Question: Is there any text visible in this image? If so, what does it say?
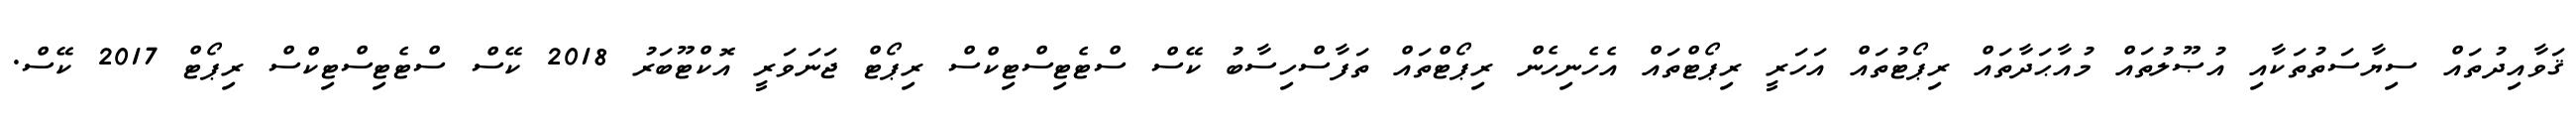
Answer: ޤަވާއިދުތައް ސިޔާސަތުތަކާއި އުޞޫލުތައް މުއާޙަދާތައް ރިޕޯޓުތައް އަހަރީ ރިޕޯޓްތައް އެހެނިހެން ރިޕޯޓްތައް ތަފާސްހިސާބު ކޭސް ސްޓެޓިސްޓިކްސް ރިޕޯޓް ޖަނަވަރީ އޮކްޓޫބަރު 2018 ކޭސް ސްޓެޓިސްޓިކްސް ރިޕޯޓް 2017 ކޭސް.